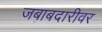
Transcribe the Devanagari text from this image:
जबाबदारीवर